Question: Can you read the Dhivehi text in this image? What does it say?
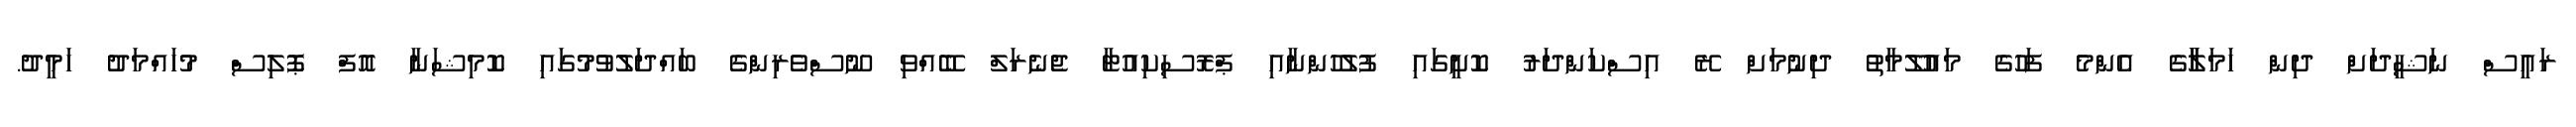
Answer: ރައީސް ނަޝީދަށް ދިން ހަމަލާާގެ އެންމެ ފަހުގެ މައުލޫމާތު ދިނުމަށް ރޭ އިސްކަންދަރު ކޮށީގައި ފުލުހުންނާއި ޕްރޮސިކިއުޓާ ޖެނެރަލް ބޭއްވި ނޫސްވެރިންގެ ބައްދަލުވުމުގައި ކޮމިޝަނާ އޮފް ޕޮލިސް މުހައްމަދު ހަމީދު.